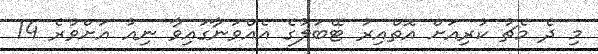
މި ދެ މެޗު ކުރިއަށް އޮތްއިރު ޓޭބަލުގެ އެއްވަނާގައިވާ ނިއު އަށްވުރެ 14